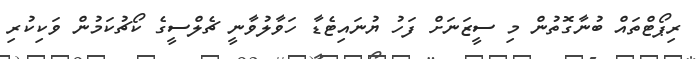
ރިޕޯޓްތައް ބުނާގޮތުން މި ސީޒަނަށް ފަހު ޔުނައިޓެޑާ ހަވާލުވާނީ ޗެލްސީގެ ކޯޗުކަމުން ވަކިކުރި